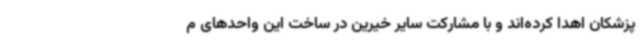
پزشکان اهدا کرده‌اند و با مشارکت سایر خیرین در ساخت این واحدهای م